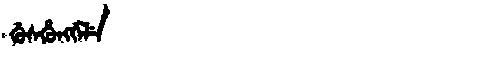
Manchu: ᡤᡠᠰᡥᡠᠩᡤᡝᠯᡝ
Romanization: GUSHUNGGELE